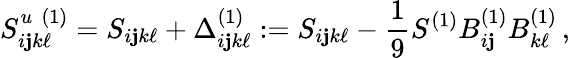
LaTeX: S_{i\mathbf{j}k\ell}^{u\, \, (1)}=S_{i\mathbf{j}k\ell}+\Delta_{i\mathbf{j}k\ell}^{(1)}:=S_{i\mathbf{j}k\ell}-\frac{{1}}{{9}}S^{(1)}B_{i\mathbf{j}}^{(1)}B_{k\ell}^{(1)}\, ,